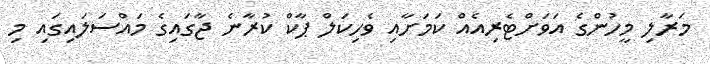
މަރާލި މީހުންގެ އަވަށްޓެރިއެއް ކަމަށާއި ވެހިކަލް ޕާކް ކުރާނެ ޖާގައިގެ މައްސަލައިގައި މި